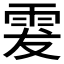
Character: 𩂔